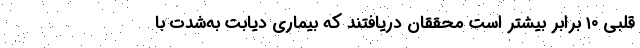
قلبی ۱۰ برابر بیشتر است محققان دریافتند که بیماری دیابت به‌شدت با